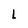
Character: 1